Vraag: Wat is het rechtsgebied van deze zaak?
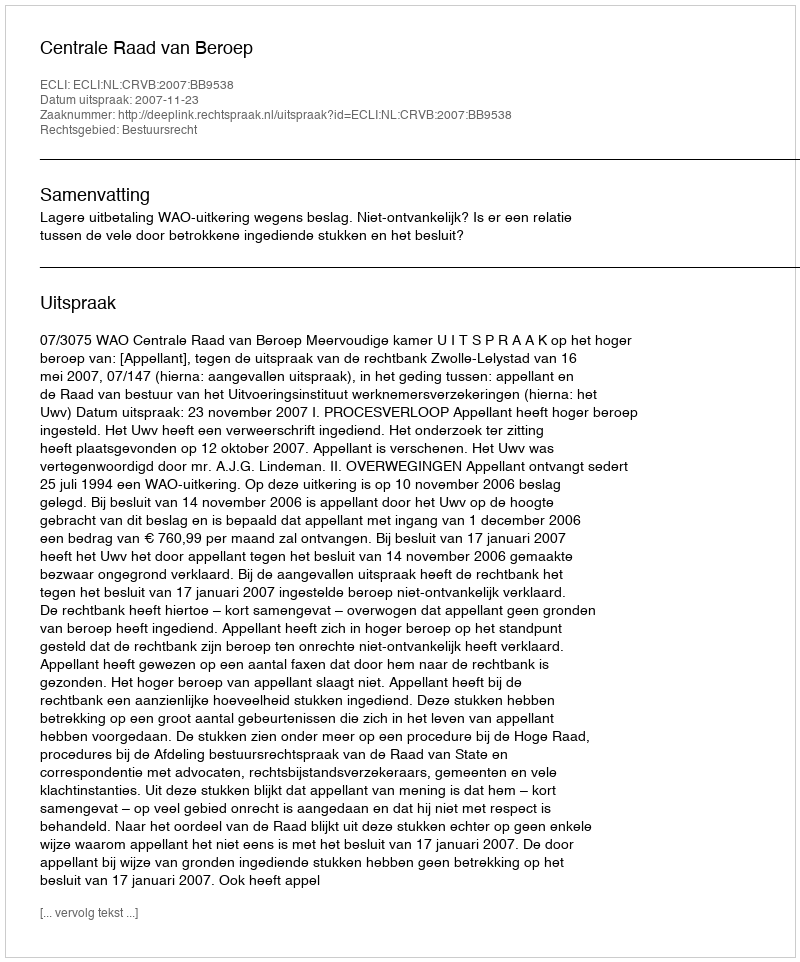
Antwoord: Bestuursrecht